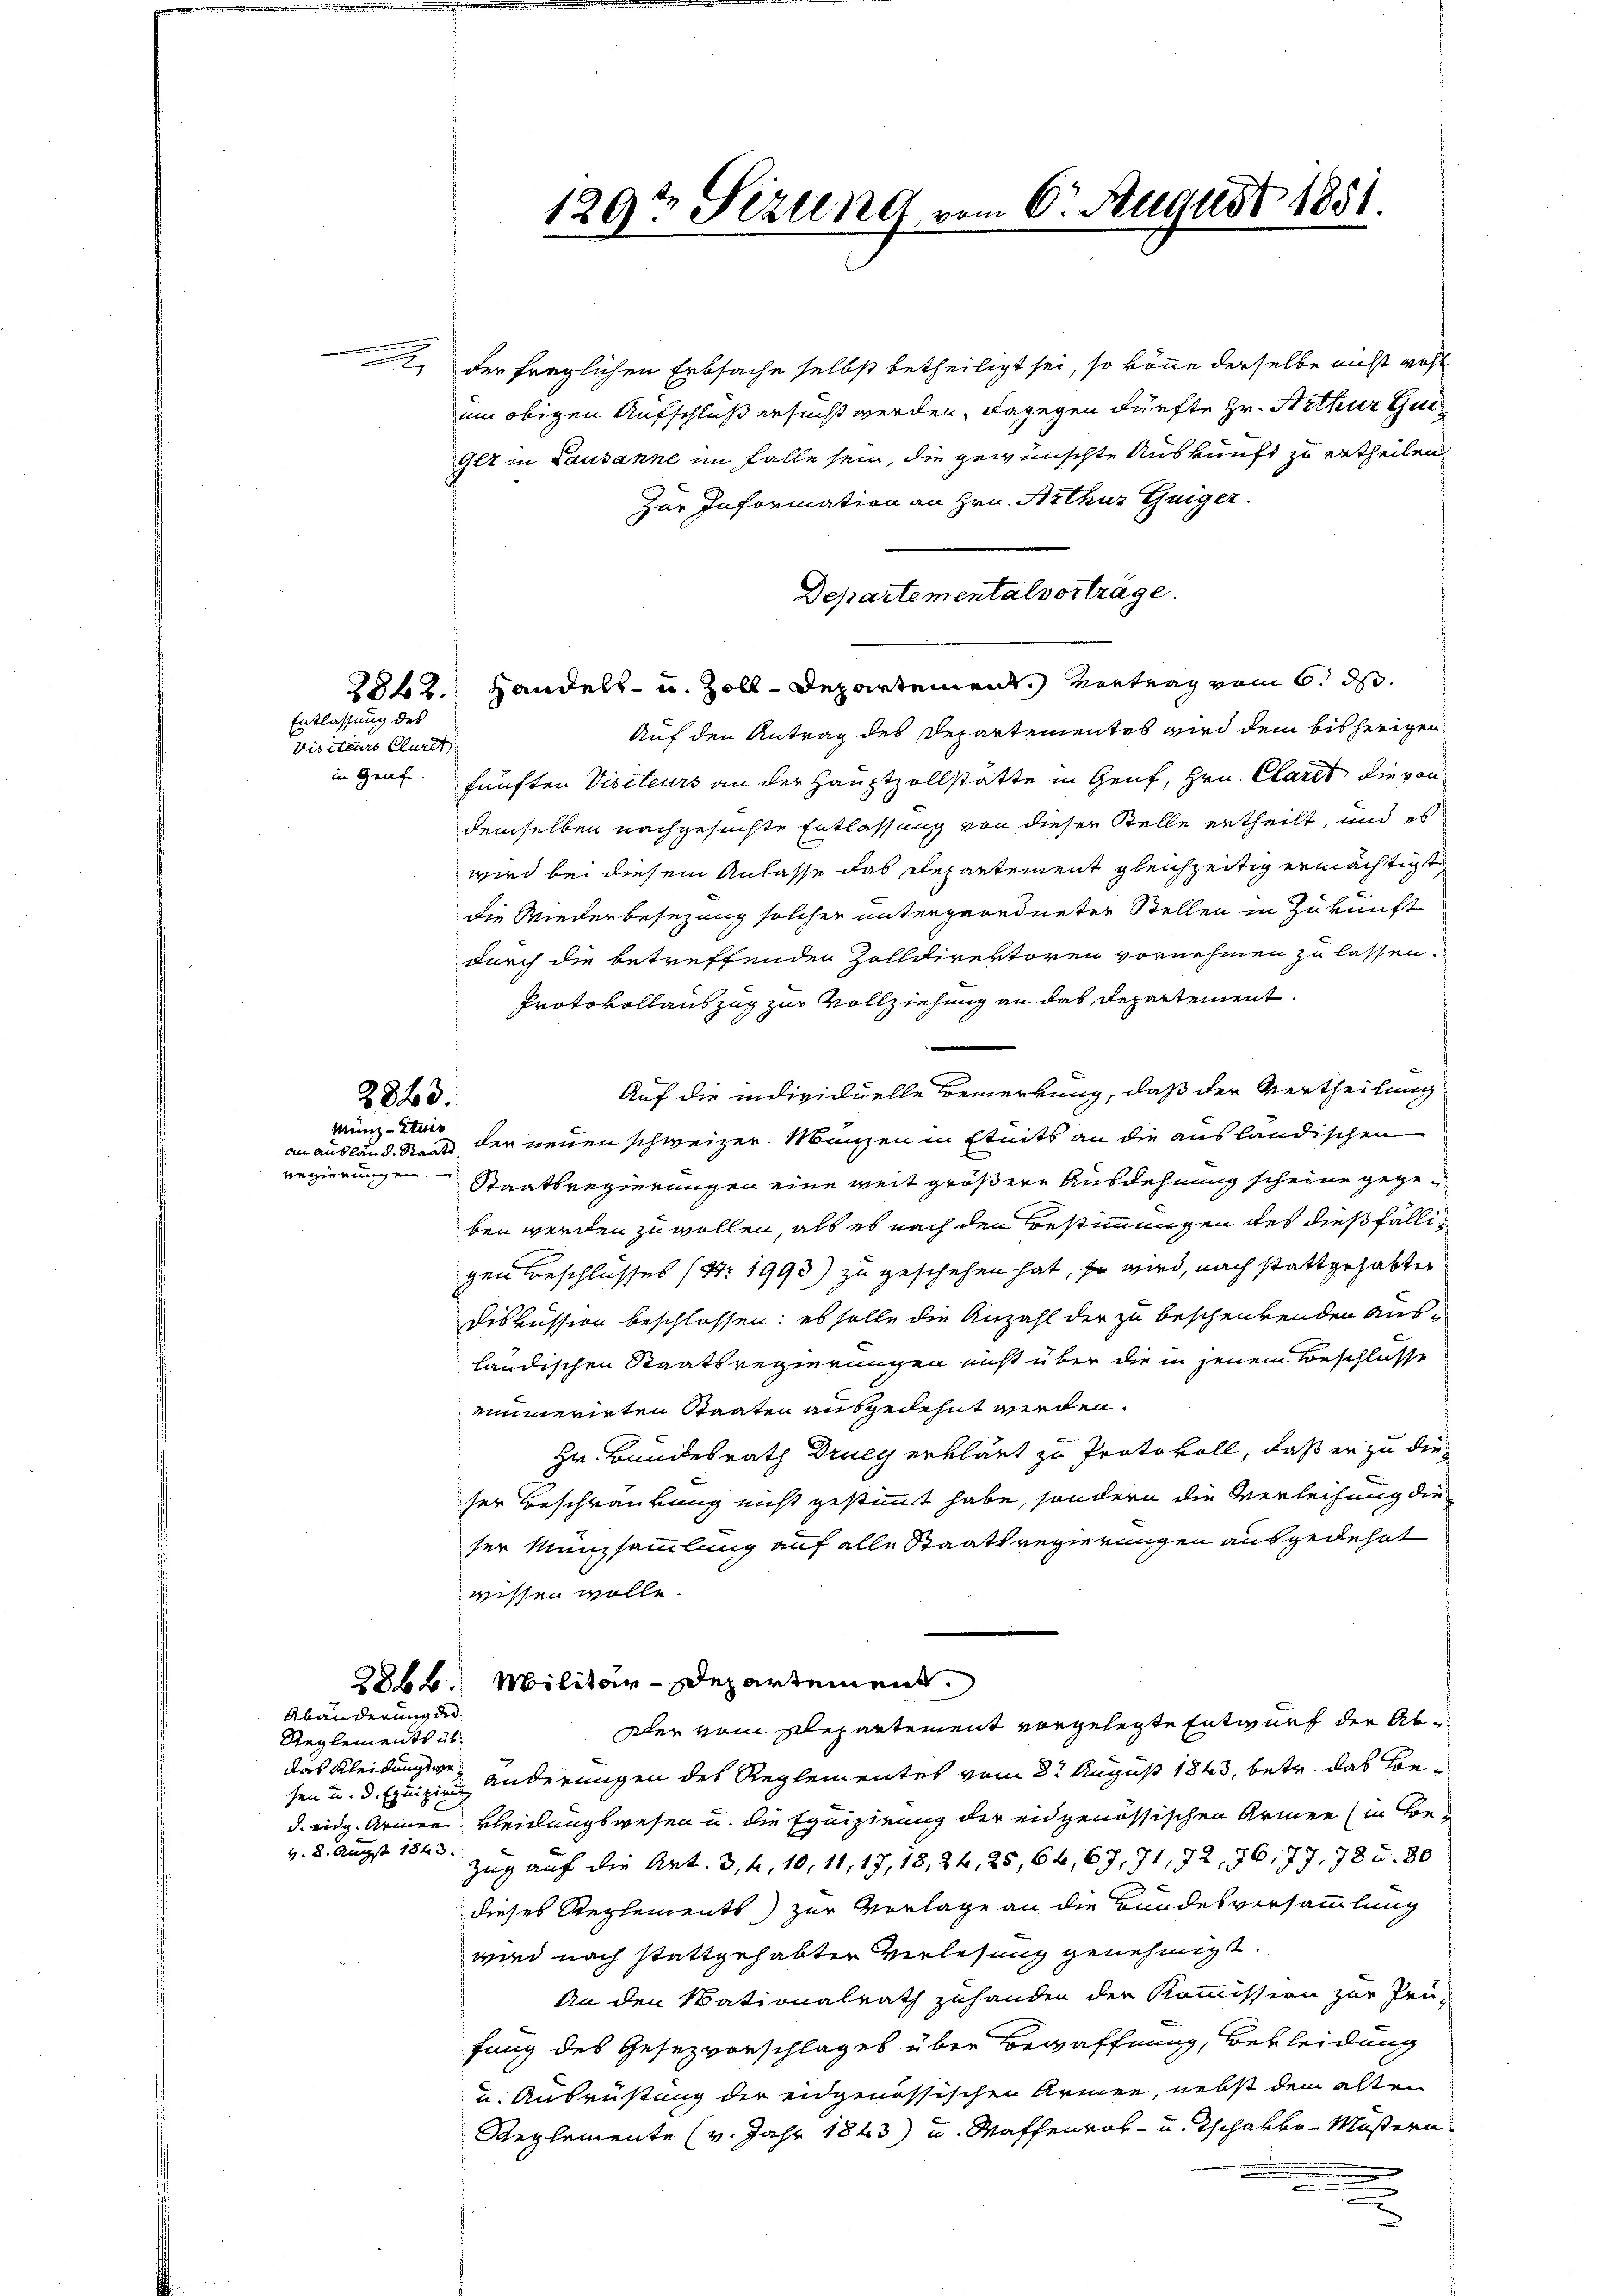
Entlassung des
Visiteurs Claret
in Genf

2843.
Menz-Stuis
an ausland, Staats
regierungen.

Abänderung der

Reglements übsen u. d. Einigung
v. 8. Augst 1843.

2, der fraglichen Erbsache selbst betheiligt sei, so könne derselbe nicht wohl
um obigen Aufschluß ersucht werden, dagegen dürfte Hr. Nithur Gul¬
Glt in Lausanne im Falle sein, die gewünschte Auskunft zu ertheilen
Zur Information an Hrn. Arthur Geiger.
Departementalvorträge.
2862. Handels- u. Zoll-Departement. Vertrag vom 6. ds.
Auf den Antrag des Departementes wird dem bisherigen
fünften Visiteurs an der Hauptzollstätte in Genf, Hrn. Claret die von
demselben nachgesuchte Entlassung von dieser Stelle ertheilt, und es
wird bei diesem Anlasse das Departement gleichzeitig ermächtigt
die Wiederbesezung solcher untergeordneter Stellen in Zukunft
durch die betreffenden Zolldirektoren vornehmen zu lassen.
Protokollauszug zur Vollziehung an das Departement.
Auf die individuelle Bemerkung, daß der Vertheilung
der neuen schweizer. Mangen in Eteits an die ausländischen
Staatsregierungen eine weit größere Ausdehnung scheine gegeben werden zu wollen, als es nach den Bestimmungen des dießfälligen Beschlusses (S. 1993) zu geschehen hat, so wird, nach stattgehabter
Diskussion beschlossen; es solle die Anzahl der zu beschenkenden Ausländischen Staatsregierungen nicht über die in jenem Beschlusse
eumerirten Staaten ausgedehnt werden.
Hr. Bundesrath Drueg erklärt zu Protokoll, daß er zu die-
ser Beschränkung nicht gestimmt habe, sondern die Verleihung die
ser Münzsammlung auf alle Staatsregierungen ausgedehnt
wissen wolle.
2862. Militär-Departement.
dler vom Departement vorgelegte Entwurf der Abdas Kleidungsge änderungen des Reglementes vom 8t August 1843, betr. das Bed. eidg. Armen kleidungswesen u. die Equipirung der eidgenössischen Armen (in Be¬
Zug auf die Art. 3, 4, 10, 11, 17, 18, 24, 25, 66, 69, 71, 72, 76, 77, 785. 80
dieses Reglements) zur Vorlage an die Bundesversammlung
wird nach stattgehabten Verlesung genehmigt.
An den Nationalrath zuhanden der Kommission zur Prü-
fung des Gesezvorschlages über Bewaffnung, Bekleidung
u. Ausrüstung der eidgenössischen Armen, nebst dem alten
Reglemente (v. Jahr 1843) u. Waffenrob- u. Tschakko-Müstern
.
.

129t Sezung vom 6. August 1851.